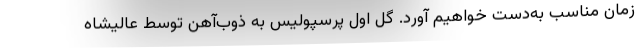
زمان مناسب به‌دست خواهیم آورد. گل اول پرسپولیس به ذوب‌آهن توسط عالیشاه